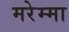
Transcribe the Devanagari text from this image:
मरेम्मा